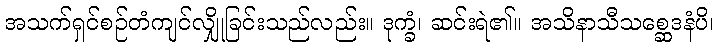
အသက်ရှင်စဉ်တံကျင်လျှိုခြင်းသည်လည်း။ ဒုက္ခံ၊ ဆင်းရဲ၏။ အသိနာသီသစ္ဆေဒနံပိ၊